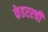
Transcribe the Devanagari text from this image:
फेडररची